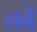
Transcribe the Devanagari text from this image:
तवें